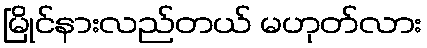
မြိုင်နားလည်တယ် မဟုတ်လား